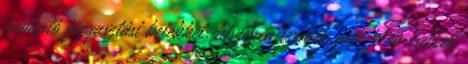
kapható fogyasztási belekkel, hiszen a termék neve jelen esetben